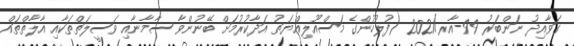
ގަވާއިދު ނަންބަރު 99-އާރ/2021 (ފުލުހުންގެ މަސްއޫލިއްޔަތު އަދާކުރުމަށް ބޭނުންވާ ސާމާނާއި ވަސީލަތްތަކާއި އާލާތްތައް